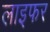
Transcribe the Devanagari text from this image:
लाइफर